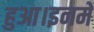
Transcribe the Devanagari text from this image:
हुआ।इनमें